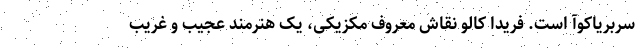
سربریاکوآ است. فریدا کالو نقاش معروف مکزیکی، یک هنرمند عجیب و غریب